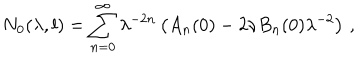
N _ { 0 } ( \lambda , l ) = \sum _ { n = 0 } ^ { \infty } \lambda ^ { - 2 n } \left( A _ { n } ( 0 ) - 2 \nu B _ { n } ( 0 ) \lambda ^ { - 2 } \right) \, ,